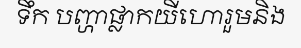
ទឹក បញ្ហាផ្លាកយីហោរួមនិង